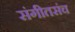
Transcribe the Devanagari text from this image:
संगीतसंच